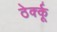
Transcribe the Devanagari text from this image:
ठेर्क्कू